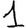
Digit: 1